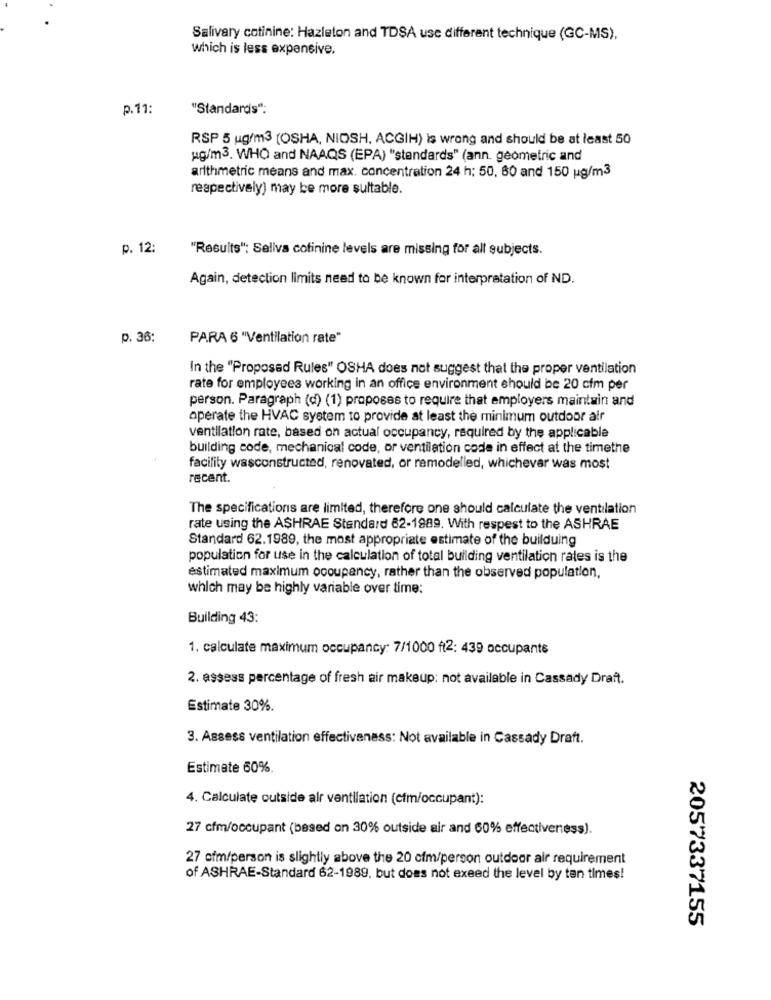
Salivary cotinine: Hazleton and TDSA use different technique (GC-MS),
which is less expensive.
p.11:
"Standards":
RSP 5 ug/m3 (OSHA, NIOSH, ACGIH) is wrong and should be at least 50
ug/m3. WHO and NAAQS (EPA) "standards" (ann. geometric and
arithmetric means and max. concentration 24 h; 50, 60 and 150 ug/m3
respectively) may be more sultable.
p. 12:
"Results": Saliva cotinine levels are missing for all subjects.
Again, detection limits need to be known for interpretation of ND.
p. 36:
PARA 6 "Ventilation rate"
In the "Proposed Rules" OSHA does not suggest that the proper ventilation
rate for employees working in an office environment should be 20 cfm per
person. Paragraph (d) (1) proposes to require that employers maintain and
operate the HVAC system to provide at least the minimum outdoor air
ventilation rate, based on actual occupancy, required by the applicable
building code, mechanical code, or ventilation code in effect at the timethe
facility wasconstructed, renovated, or remodelled, whichever was most
recent.
The specifications are limited, therefore one should calculate the ventilation
rate using the ASHRAE Standard 62-1989. With respest to the ASHRAE
Standard 62.1989, the most appropriate estimate of the builduing
population for use in the calculation of total building ventilation rates is the
estimated maximum occupancy, rather than the observed population,
which may be highly variable over time:
Building 43:
1. calculate maximum occupancy: 7/1000 ft2: 439 occupants
2. assess percentage of fresh air makeup: not available in Cassady Draft.
Estimate 30%.
3. Assess ventilation effectiveness: Not available in Cassady Draft.
Estimate 60%
4. Calculate outside alr ventilation (cfm/occupant):
27 cfm/occupant (based on 30% outside air and 60% effectiveness).
27 cfm/person is slightly above the 20 cfm/person outdoor air requirement
of ASHRAE-Standard 62-1989, but does not exeed the level by ten times!
2057337155